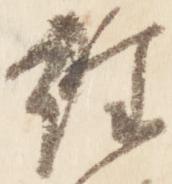
経